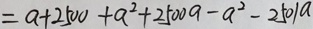
= a + 2 5 0 0 + a ^ { 2 } + 2 5 0 0 a - a ^ { 2 } - 2 5 0 1 a